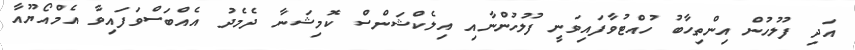
އަދި ފުލުހުން އިންތިހާބު ހުއްޓުވާފައިވަނީ ފުލުހުންނާއި އިލެކްޝަންސް ކޮމިޝަނާ ދެމެދު އެއްބަސްވަފައިވާ އެމްއޯޔޫއާ